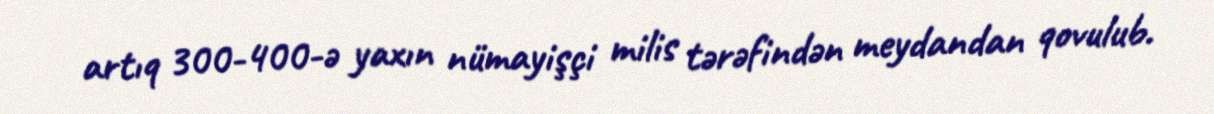
artıq 300-400-ə yaxın nümayişçi milis tərəfindən meydandan qovulub.